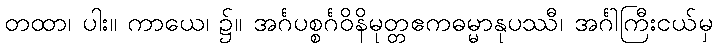
တထာ၊ ပါး။ ကာယေ၊ ၌။ အင်္ဂပစ္စင်္ဂဝိနိမုတ္တဧကဓမ္မာနုပဿီ၊ အင်္ဂါကြီးငယ်မှ